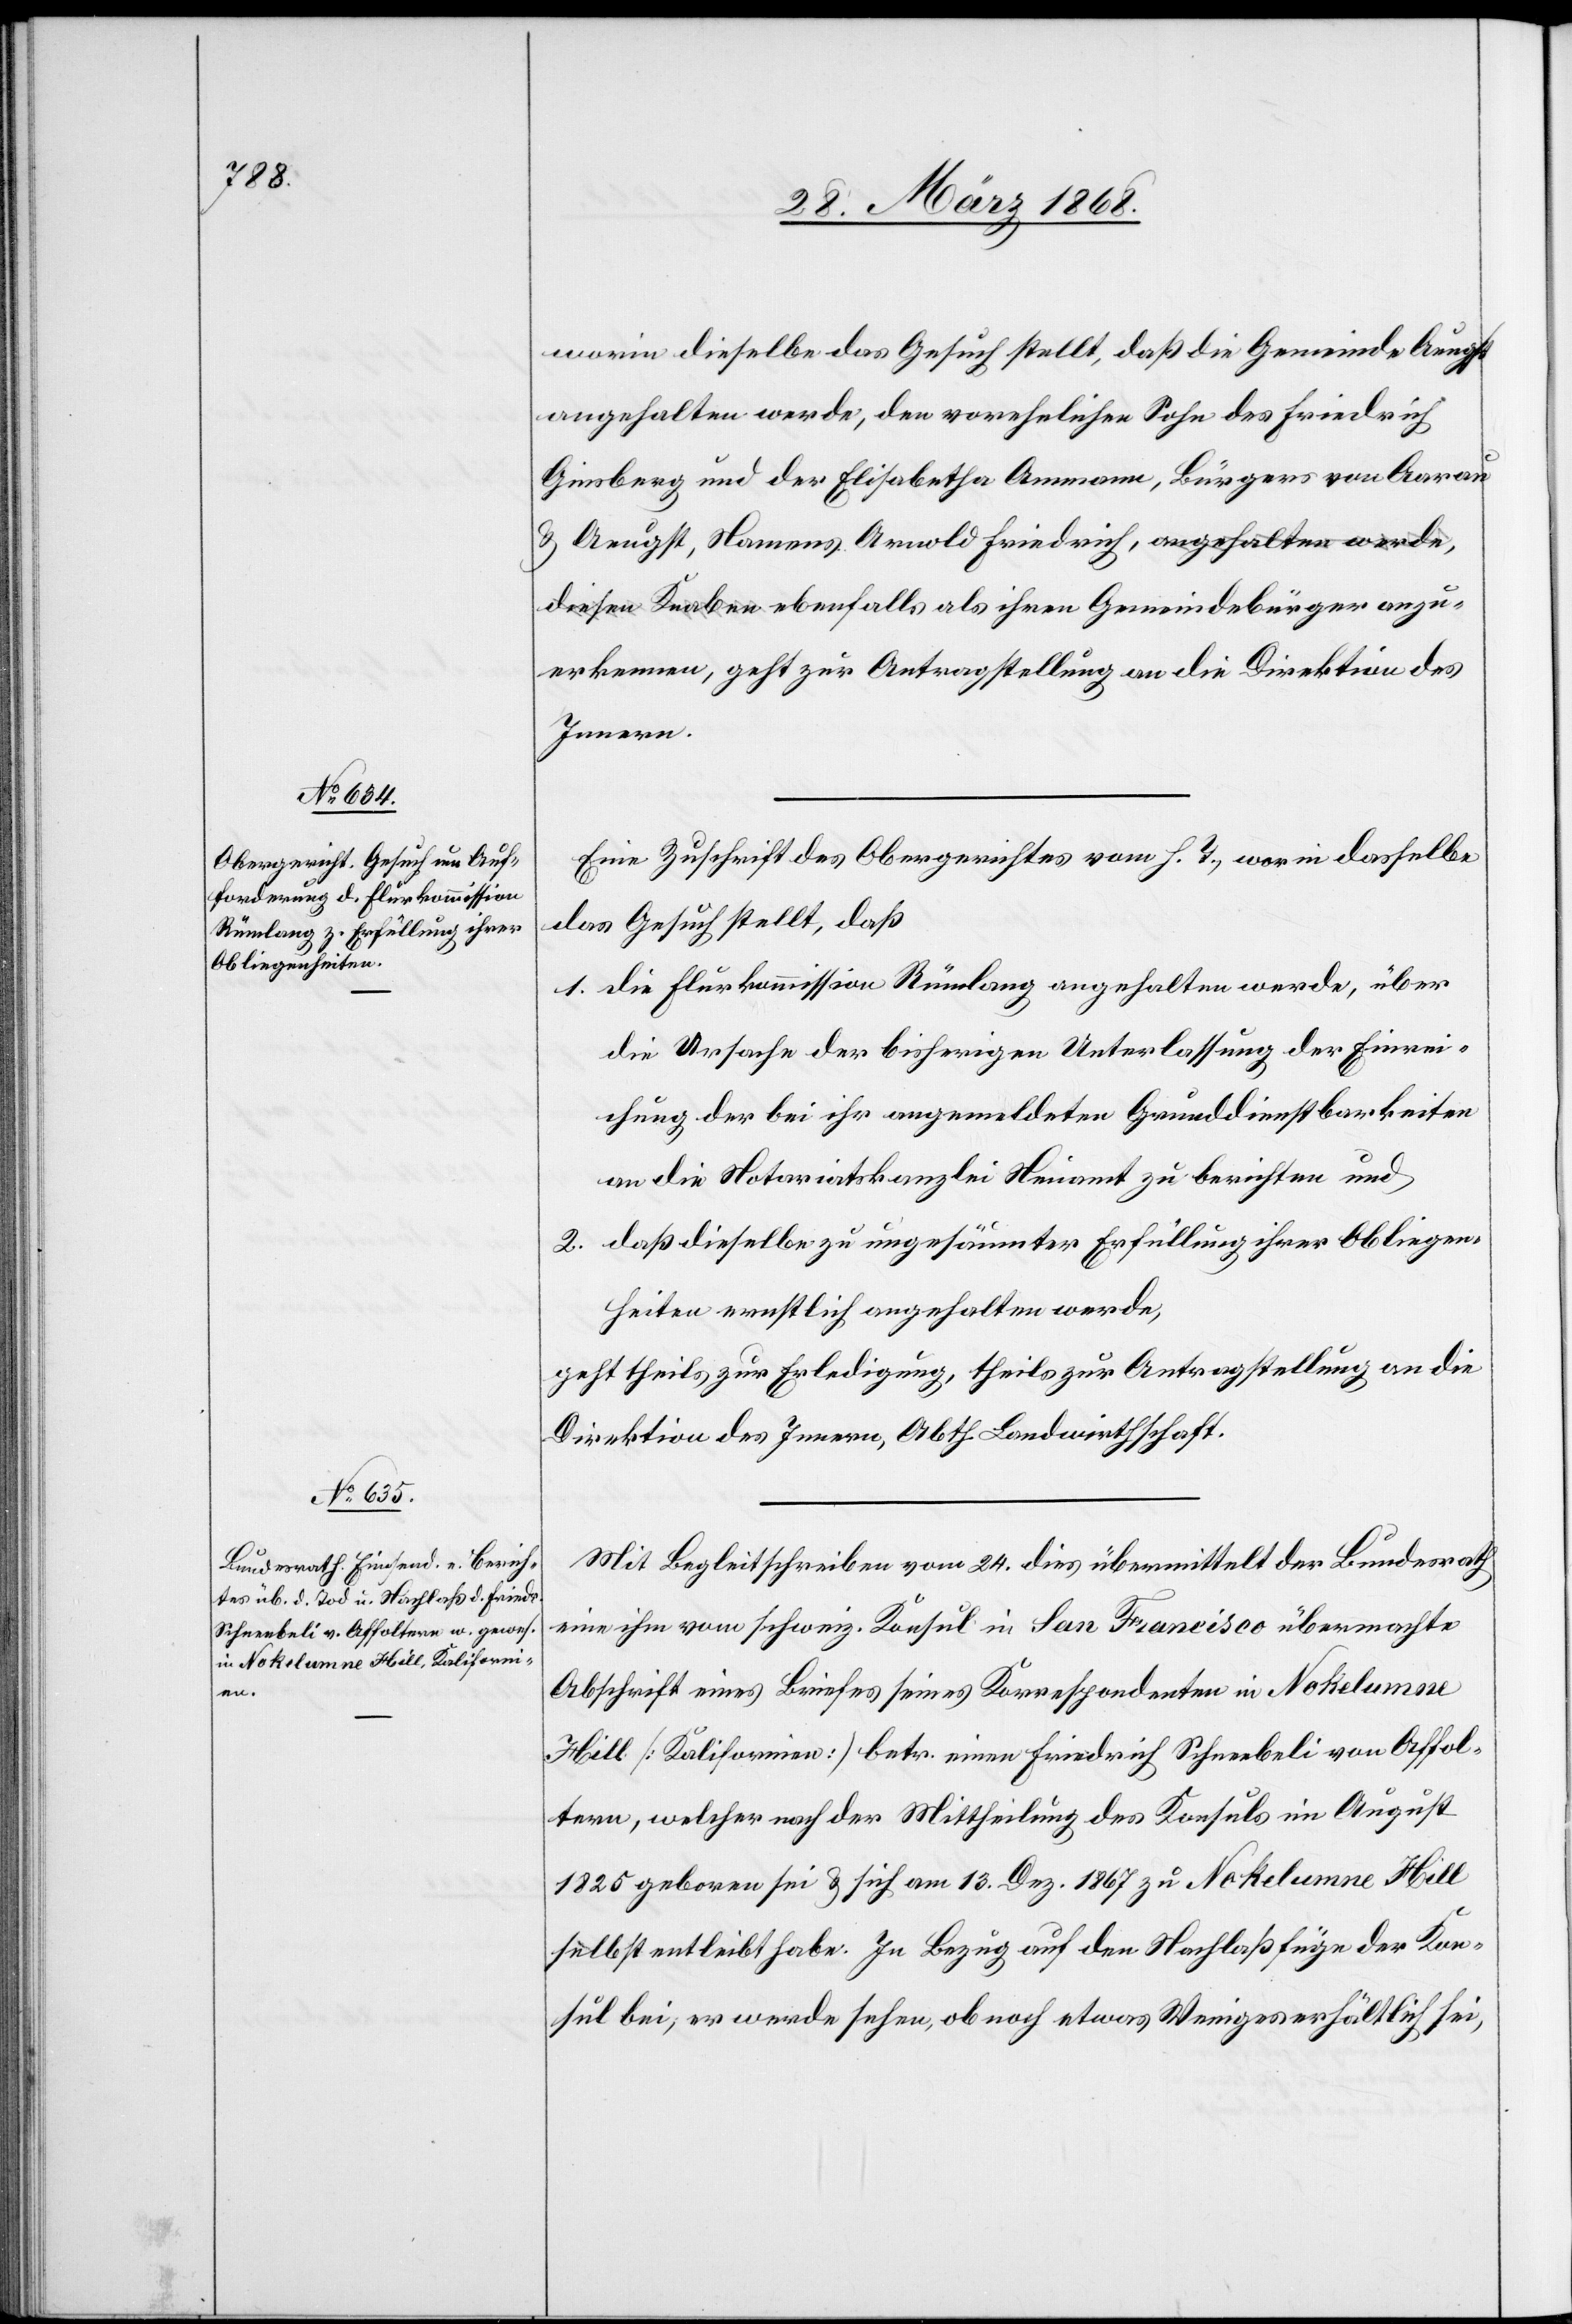
28. März 1868.]
worin dieselbe das Gesuch stellt, daß die Gemeinde Aeugst
angehalten werde, den vorehelichen Sohn des Friedrich
Ginsberg und der Elisabetha Ammann, Bürgers von Aarau
& Aeugst, Namens Arnold Friedrich, a-angehalten werde,
diesen Knaben-a ebenfalls als ihren Gemeindebürger anzu¬
erkennen, geht zur Antragstellung an die Direktion des
Innern.
Eine Zuschrift des Obergerichtes vom h. T., worin dasselbe
das Gesuch stellt, daß
die Flurkommission Rümlang angehalten werde, über
die Ursache der bisherigen Unterlassung der Einrei¬
chung der bei ihr angemeldeten Grunddienstbarkeiten
an die Notariatskanzlei Neuamt zu berichten und
daß dieselbe zu ungesäumter Erfüllung ihrer Obliegen¬
heiten ernstlich angehalten werde,
geht theils zur Erledigung, theils zur Antragstellung an die
Direktion des Innern, Abth. Landwirthschaft.
Mit Begleitschreiben vom 24. dies übermittelt der Bundesrath
eine ihm vom schweiz. Konsul in San Francisco übermachte
Abschrift eines Briefes seines Korrespondenten in Nokelumne
Hill [Kalifornien] betr. einen Friedrich Schneebeli von Affol¬
tern, welcher nach der Mittheilung des Konsuls im August
1825 geboren sei & sich am 13. Dez. 1867 zu Nokelumne Hill
selbst entleibt habe. In Bezug auf den Nachlaß füge der Kon¬
sul bei, er werde sehen, ob noch etwas Weniges erhältlich sei,